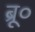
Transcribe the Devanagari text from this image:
ब्रू०